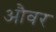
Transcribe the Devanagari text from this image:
औवर